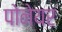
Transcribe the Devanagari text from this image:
पोनेयर